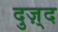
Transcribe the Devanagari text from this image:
दुज़्द